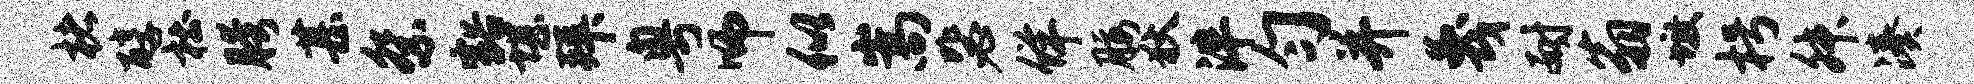
楮醇杜胯甚祭豁堪拜粤师似嵩毖佯腰狄泮匀并蔑耐翁墩枵舛凑